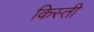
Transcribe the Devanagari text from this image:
किस्‍ती